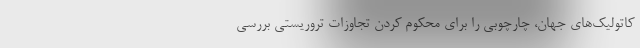
کاتولیک‌های جهان، چارچوبی را برای محکوم کردن تجاوزات تروریستی بررسی